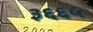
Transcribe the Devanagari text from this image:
३६६५